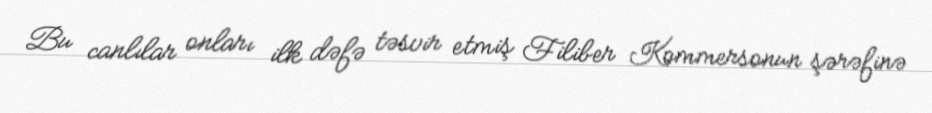
Bu canlılar onları ilk dəfə təsvir etmiş Filiber Kommersonun şərəfinə